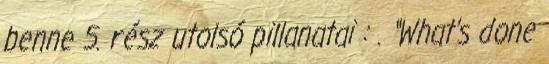
benne 5. rész utolsó pillanatai : . “What’s done